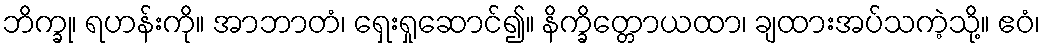
ဘိက္ခု၊ ရဟန်းကို။ အာဘာတံ၊ ရှေးရှုဆောင်၍။ နိက္ခိတ္တောယထာ၊ ချထားအပ်သကဲ့သို့။ ဧဝံ၊